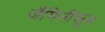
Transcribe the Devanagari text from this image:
जैमिनीसूत्र